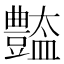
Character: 𧰚